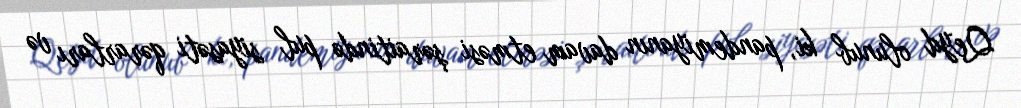
Qeyd olunub ki, pandemiyanın davam etməsi şəraitində pul siyasəti qərarları və